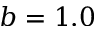
b = 1 . 0